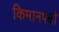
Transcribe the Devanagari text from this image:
किमानपक्षी